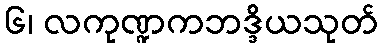
၆၊ လကုဏ္ဍကဘဒ္ဒိယသုတ်